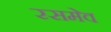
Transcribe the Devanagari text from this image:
रसमेव